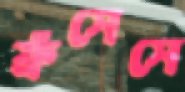
ফ্রঁসেসে